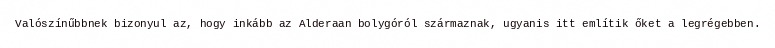
Valószínűbbnek bizonyul az, hogy inkább az Alderaan bolygóról származnak, ugyanis itt említik őket a legrégebben.